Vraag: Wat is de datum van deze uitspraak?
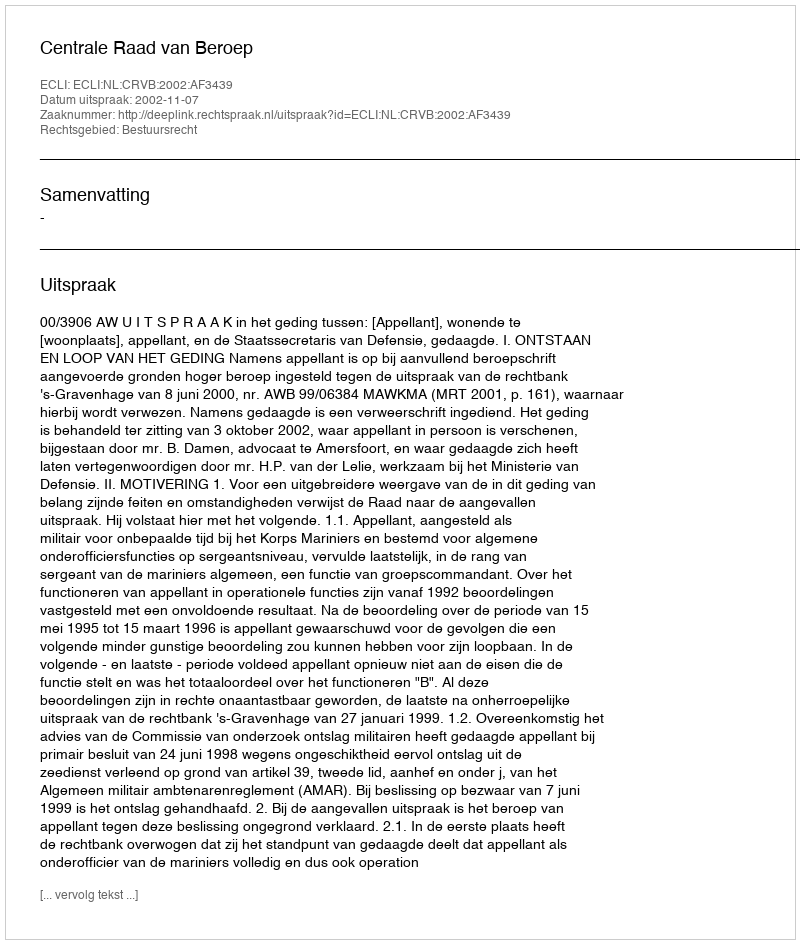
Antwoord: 2002-11-07